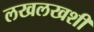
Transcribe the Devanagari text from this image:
लखलखशी